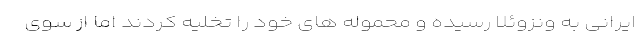
ایرانی به ونزوئلا رسیده و محموله های خود را تخلیه کردند اما از سوی